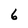
Character: 6